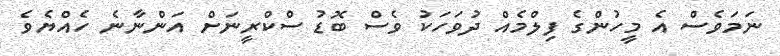
ނަމަވެސް އެ މީހުންގެ ފިލްމެއް ދުވަހަކު ވެސް ބޮޑު ސްކްރީނަށް އަންނާނެ ހެއްޔެވެ